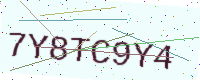
Text: 7Y8TC9Y4